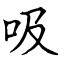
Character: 吸